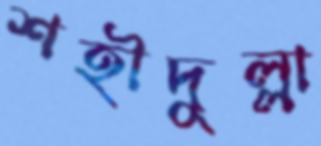
শহীদুল্লা